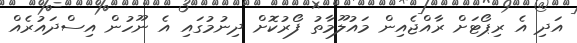
އަދި އެ ރިޕޯޓަށް ރާއްޖެއިން މައުލޫމާތު ފޯރުކޮށް ދިނުމުގައި އެ ނޫހުން އިސްދައުރެއް